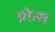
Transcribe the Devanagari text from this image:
ग्रोत्स